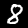
Digit: 8